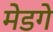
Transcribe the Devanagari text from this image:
मेडगे